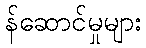
န်ဆောင်မှုများ